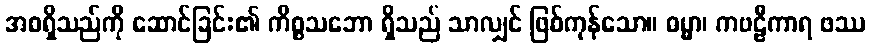
အစရှိသည်ကို ဆောင်ခြင်း၏ ကိစ္စသဘော ရှိသည် သာလျှင် ဖြစ်ကုန်သော။ ဓမ္မာ၊ ကဗဠီကာရ ဖဿ